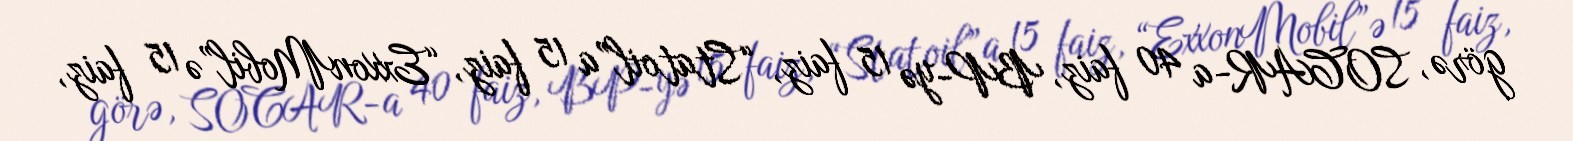
görə, SOCAR-a 40 faiz, BP-yə 15 faiz, “Statoil”a 15 faiz, “ExxonMobil”ə 15 faiz,